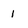
Character: 1